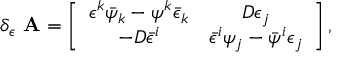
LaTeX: \delta _ { \epsilon } \mathrm { { \bf ~ A } } = \left[ \begin{array} { c c } { { \epsilon ^ { k } \bar { \psi } _ { k } - \psi ^ { k } \bar { \epsilon } _ { k } } } & { { D \epsilon _ { j } } } \\ { { - D \bar { \epsilon } ^ { i } } } & { { \bar { \epsilon } ^ { i } \psi _ { j } - \bar { \psi } ^ { i } \epsilon _ { j } } } \end{array} \right] ,